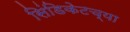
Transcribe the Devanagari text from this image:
सिंडिकेटच्या